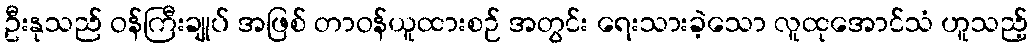
ဦးနုသည် ဝန်ကြီးချုပ် အဖြစ် တာဝန်ယူထားစဉ် အတွင်း ရေးသားခဲ့သော လူထုအောင်သံ ဟူသည့်